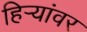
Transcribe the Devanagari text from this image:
हिऱ्यांवर